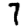
Digit: 7